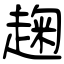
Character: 趜